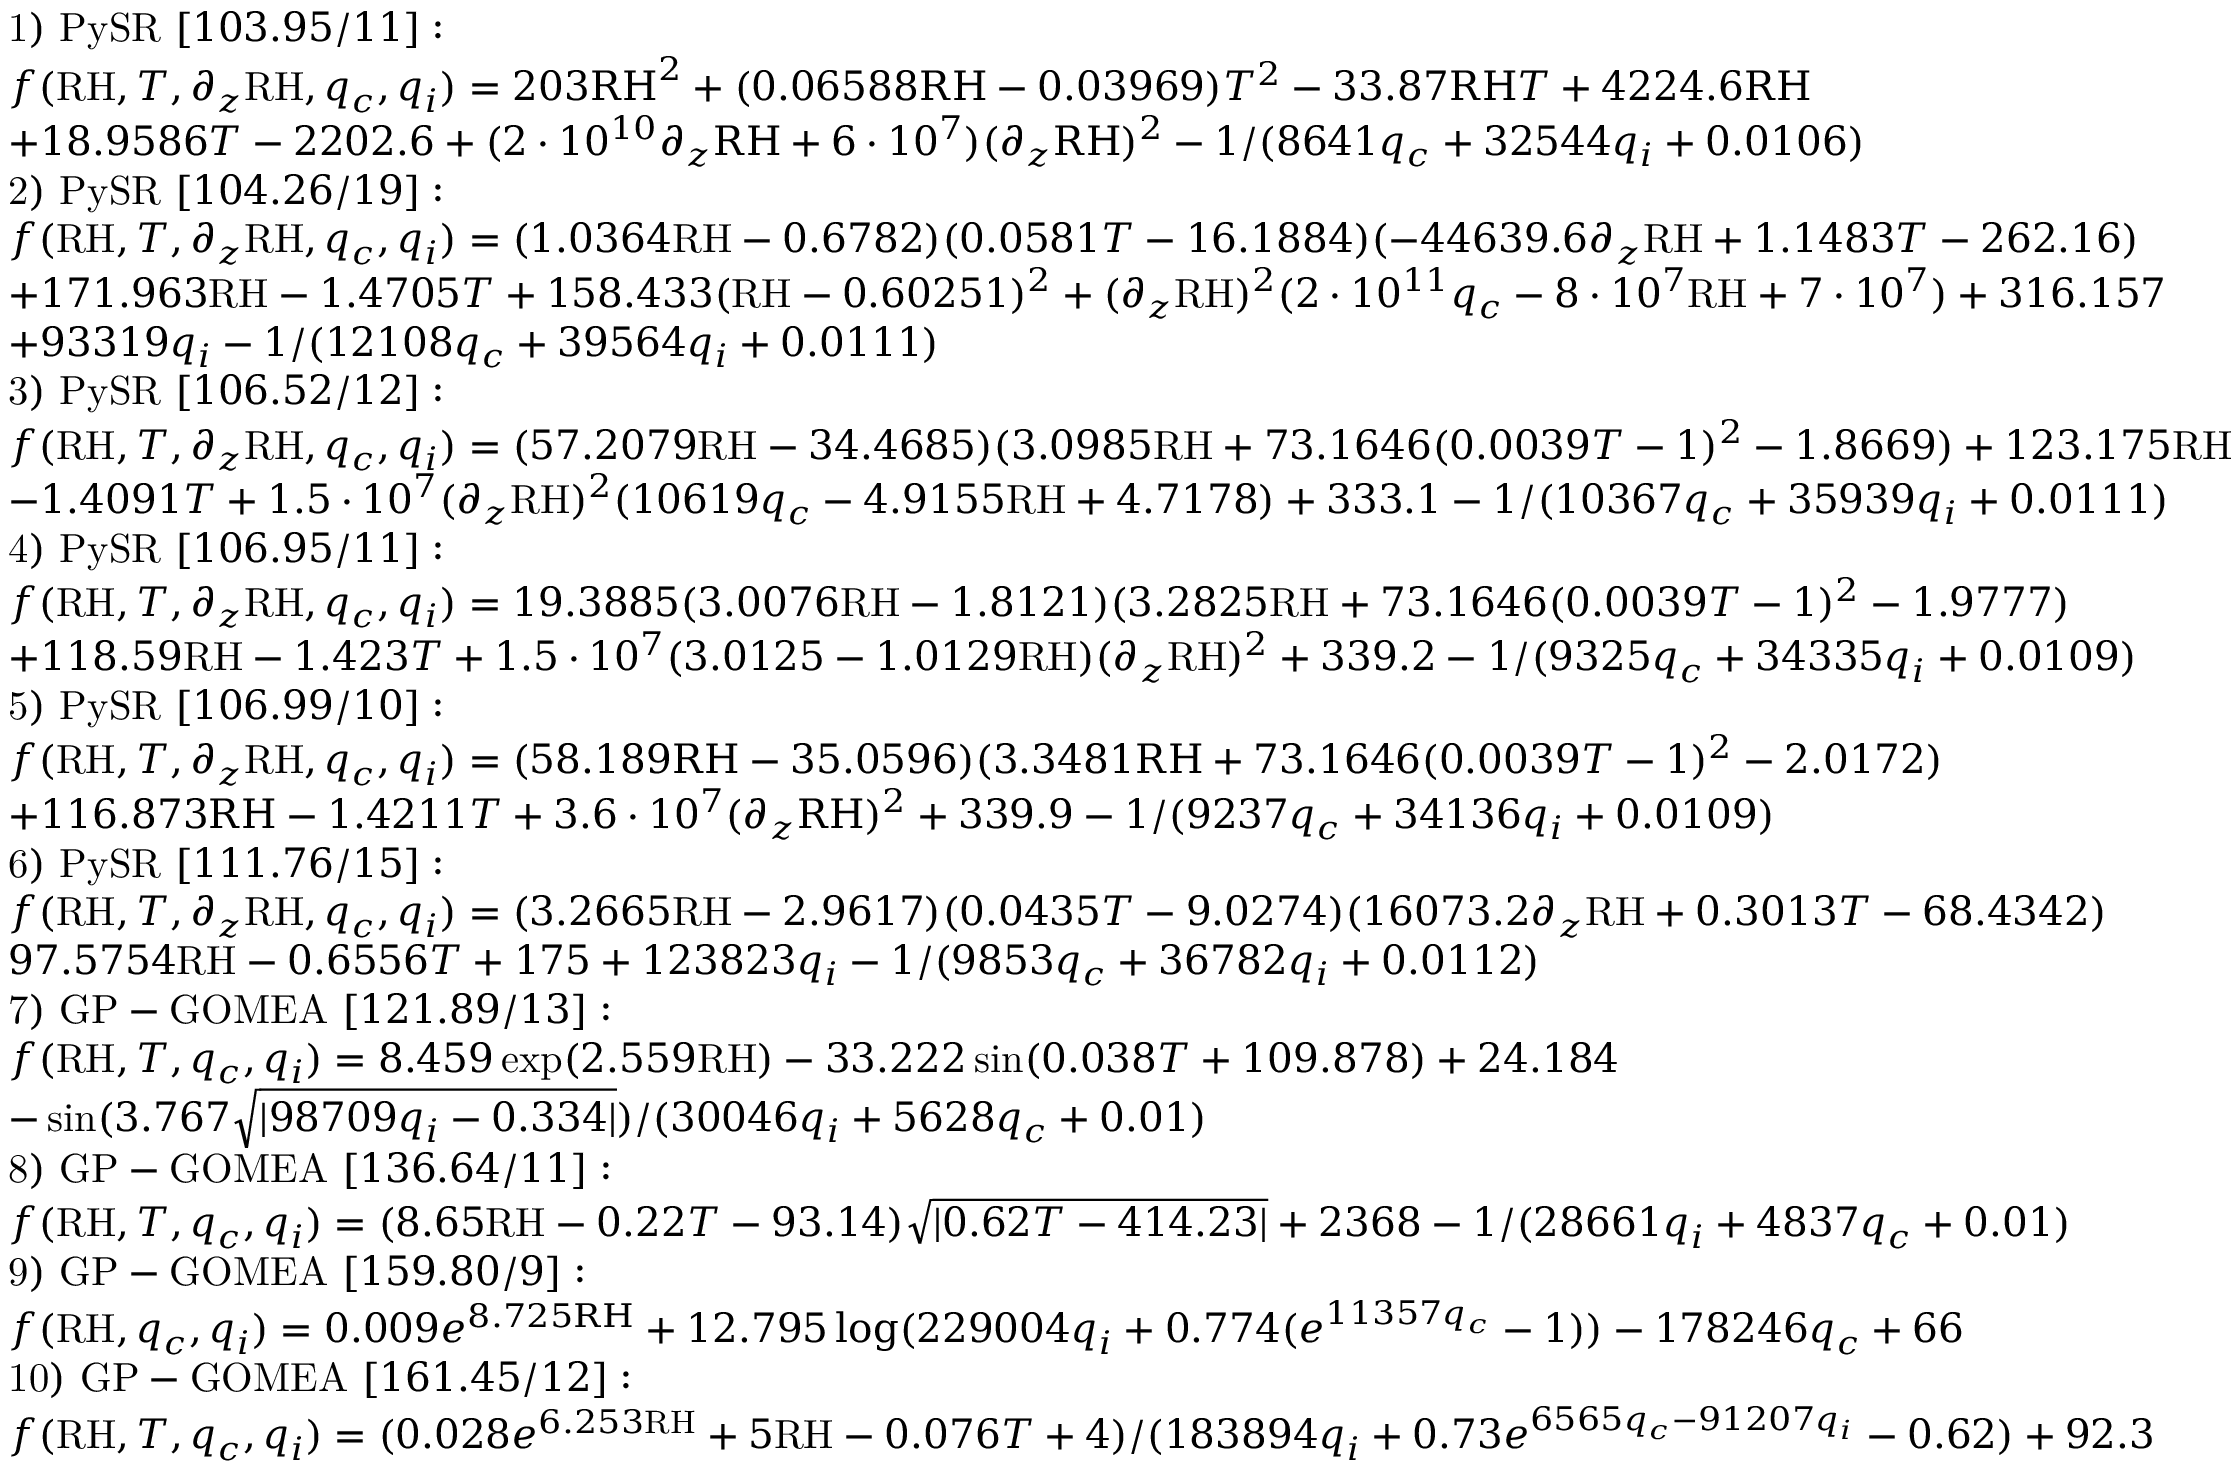
\begin{array} { r l } & { \mathrm { 1 ) ~ P y S R ~ } [ 1 0 3 . 9 5 / 1 1 ] : } \\ & { f ( \mathrm { R H } , T , \partial _ { z } \mathrm { R H } , q _ { c } , q _ { i } ) = \boldsymbol { 2 0 3 \mathrm { R H } ^ { 2 } + ( 0 . 0 6 5 8 8 \mathrm { R H } - 0 . 0 3 9 6 9 ) T ^ { 2 } - 3 3 . 8 7 \mathrm { R H } T + 4 2 2 4 . 6 \mathrm { R H } } } \\ & { \boldsymbol { + 1 8 . 9 5 8 6 T - 2 2 0 2 . 6 + ( 2 \cdot 1 0 ^ { 1 0 } \partial _ { z } \mathrm { R H } + 6 \cdot 1 0 ^ { 7 } ) ( \partial _ { z } \mathrm { R H } ) ^ { 2 } - 1 / ( 8 6 4 1 q _ { c } + 3 2 5 4 4 q _ { i } + 0 . 0 1 0 6 ) } } \\ & { \mathrm { 2 ) ~ P y S R ~ } [ 1 0 4 . 2 6 / 1 9 ] : } \\ & { f ( \mathrm { R H } , T , \partial _ { z } \mathrm { R H } , q _ { c } , q _ { i } ) = ( 1 . 0 3 6 4 \mathrm { R H } - 0 . 6 7 8 2 ) ( 0 . 0 5 8 1 T - 1 6 . 1 8 8 4 ) ( - 4 4 6 3 9 . 6 \partial _ { z } \mathrm { R H } + 1 . 1 4 8 3 T - 2 6 2 . 1 6 ) } \\ & { + 1 7 1 . 9 6 3 \mathrm { R H } - 1 . 4 7 0 5 T + 1 5 8 . 4 3 3 ( \mathrm { R H } - 0 . 6 0 2 5 1 ) ^ { 2 } + ( \partial _ { z } \mathrm { R H } ) ^ { 2 } ( 2 \cdot 1 0 ^ { 1 1 } q _ { c } - 8 \cdot 1 0 ^ { 7 } \mathrm { R H } + 7 \cdot 1 0 ^ { 7 } ) + 3 1 6 . 1 5 7 } \\ & { + 9 3 3 1 9 q _ { i } - 1 / ( 1 2 1 0 8 q _ { c } + 3 9 5 6 4 q _ { i } + 0 . 0 1 1 1 ) } \\ & { \mathrm { 3 ) ~ P y S R ~ } [ 1 0 6 . 5 2 / 1 2 ] : } \\ & { f ( \mathrm { R H } , T , \partial _ { z } \mathrm { R H } , q _ { c } , q _ { i } ) = ( 5 7 . 2 0 7 9 \mathrm { R H } - 3 4 . 4 6 8 5 ) ( 3 . 0 9 8 5 \mathrm { R H } + 7 3 . 1 6 4 6 ( 0 . 0 0 3 9 T - 1 ) ^ { 2 } - 1 . 8 6 6 9 ) + 1 2 3 . 1 7 5 \mathrm { R H } } \\ & { - 1 . 4 0 9 1 T + 1 . 5 \cdot 1 0 ^ { 7 } ( \partial _ { z } \mathrm { R H } ) ^ { 2 } ( 1 0 6 1 9 q _ { c } - 4 . 9 1 5 5 \mathrm { R H } + 4 . 7 1 7 8 ) + 3 3 3 . 1 - 1 / ( 1 0 3 6 7 q _ { c } + 3 5 9 3 9 q _ { i } + 0 . 0 1 1 1 ) } \\ & { \mathrm { 4 ) ~ P y S R ~ } [ 1 0 6 . 9 5 / 1 1 ] : } \\ & { f ( \mathrm { R H } , T , \partial _ { z } \mathrm { R H } , q _ { c } , q _ { i } ) = 1 9 . 3 8 8 5 ( 3 . 0 0 7 6 \mathrm { R H } - 1 . 8 1 2 1 ) ( 3 . 2 8 2 5 \mathrm { R H } + 7 3 . 1 6 4 6 ( 0 . 0 0 3 9 T - 1 ) ^ { 2 } - 1 . 9 7 7 7 ) } \\ & { + 1 1 8 . 5 9 \mathrm { R H } - 1 . 4 2 3 T + 1 . 5 \cdot 1 0 ^ { 7 } ( 3 . 0 1 2 5 - 1 . 0 1 2 9 \mathrm { R H } ) ( \partial _ { z } \mathrm { R H } ) ^ { 2 } + 3 3 9 . 2 - 1 / ( 9 3 2 5 q _ { c } + 3 4 3 3 5 q _ { i } + 0 . 0 1 0 9 ) } \\ & { \mathrm { 5 ) ~ P y S R ~ } [ 1 0 6 . 9 9 / 1 0 ] : } \\ & { f ( \mathrm { R H } , T , \partial _ { z } \mathrm { R H } , q _ { c } , q _ { i } ) = \boldsymbol { ( 5 8 . 1 8 9 \mathrm { R H } - 3 5 . 0 5 9 6 ) ( 3 . 3 4 8 1 \mathrm { R H } + 7 3 . 1 6 4 6 ( 0 . 0 0 3 9 T - 1 ) ^ { 2 } - 2 . 0 1 7 2 ) } } \\ & { \boldsymbol { + 1 1 6 . 8 7 3 \mathrm { R H } - 1 . 4 2 1 1 T + 3 . 6 \cdot 1 0 ^ { 7 } ( \partial _ { z } \mathrm { R H } ) ^ { 2 } + 3 3 9 . 9 - 1 / ( 9 2 3 7 q _ { c } + 3 4 1 3 6 q _ { i } + 0 . 0 1 0 9 ) } } \\ & { \mathrm { 6 ) ~ P y S R ~ } [ 1 1 1 . 7 6 / 1 5 ] : } \\ & { f ( \mathrm { R H } , T , \partial _ { z } \mathrm { R H } , q _ { c } , q _ { i } ) = ( 3 . 2 6 6 5 \mathrm { R H } - 2 . 9 6 1 7 ) ( 0 . 0 4 3 5 T - 9 . 0 2 7 4 ) ( 1 6 0 7 3 . 2 \partial _ { z } \mathrm { R H } + 0 . 3 0 1 3 T - 6 8 . 4 3 4 2 ) } \\ & { 9 7 . 5 7 5 4 \mathrm { R H } - 0 . 6 5 5 6 T + 1 7 5 + 1 2 3 8 2 3 q _ { i } - 1 / ( 9 8 5 3 q _ { c } + 3 6 7 8 2 q _ { i } + 0 . 0 1 1 2 ) } \\ & { \mathrm { 7 ) ~ G P - G O M E A ~ } [ 1 2 1 . 8 9 / 1 3 ] : } \\ & { f ( \mathrm { \mathrm { R H } } , T , q _ { c } , q _ { i } ) = 8 . 4 5 9 \exp ( 2 . 5 5 9 \mathrm { R H } ) - 3 3 . 2 2 2 \sin ( 0 . 0 3 8 T + 1 0 9 . 8 7 8 ) + 2 4 . 1 8 4 } \\ & { - \sin ( 3 . 7 6 7 \sqrt { \vert 9 8 7 0 9 q _ { i } - 0 . 3 3 4 \vert } ) / ( 3 0 0 4 6 q _ { i } + 5 6 2 8 q _ { c } + 0 . 0 1 ) } \\ & { \mathrm { 8 ) ~ G P - G O M E A ~ } [ 1 3 6 . 6 4 / 1 1 ] : } \\ & { f ( \mathrm { \mathrm { R H } } , T , q _ { c } , q _ { i } ) = ( 8 . 6 5 \mathrm { R H } - 0 . 2 2 T - 9 3 . 1 4 ) \sqrt { \vert 0 . 6 2 T - 4 1 4 . 2 3 \vert } + 2 3 6 8 - 1 / ( 2 8 6 6 1 q _ { i } + 4 8 3 7 q _ { c } + 0 . 0 1 ) } \\ & { \mathrm { 9 ) ~ G P - G O M E A ~ } [ 1 5 9 . 8 0 / 9 ] : } \\ & { f ( \mathrm { \mathrm { R H } } , q _ { c } , q _ { i } ) = \boldsymbol { 0 . 0 0 9 e ^ { 8 . 7 2 5 \mathrm { R H } } + 1 2 . 7 9 5 \log ( 2 2 9 0 0 4 q _ { i } + 0 . 7 7 4 ( e ^ { 1 1 3 5 7 q _ { c } } - 1 ) ) - 1 7 8 2 4 6 q _ { c } + 6 6 } } \\ & { \mathrm { 1 0 ) ~ G P - G O M E A ~ } [ 1 6 1 . 4 5 / 1 2 ] : } \\ & { f ( \mathrm { \mathrm { R H } } , T , q _ { c } , q _ { i } ) = ( 0 . 0 2 8 e ^ { 6 . 2 5 3 \mathrm { R H } } + 5 \mathrm { R H } - 0 . 0 7 6 T + 4 ) / ( 1 8 3 8 9 4 q _ { i } + 0 . 7 3 e ^ { 6 5 6 5 q _ { c } - 9 1 2 0 7 q _ { i } } - 0 . 6 2 ) + 9 2 . 3 } \end{array}